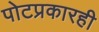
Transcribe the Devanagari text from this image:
पोटप्रकारही